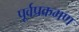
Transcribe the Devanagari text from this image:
पूर्वप्रक्रमण